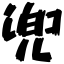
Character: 兜